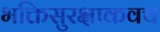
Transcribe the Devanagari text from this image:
भक्तिसुरक्षाकवच